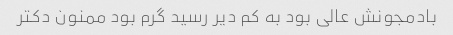
بادمجونش عالی بود به کم دیر رسید گرم بود ممنون دکتر